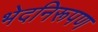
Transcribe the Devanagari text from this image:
भेदनिरूपण